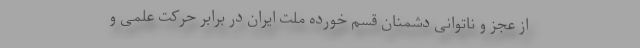
از عجز و ناتوانی دشمنان قسم خورده ملت ایران در برابر حرکت علمی و